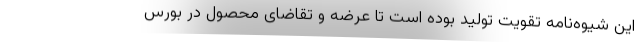
این شیوه‌نامه تقویت تولید بوده است تا عرضه و تقاضای محصول در بورس